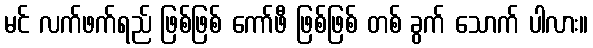
မင် လက်ဖက်ရည် ဖြစ်ဖြစ် ကော်ဖီ ဖြစ်ဖြစ် တစ် ခွက် သောက် ပါလား။